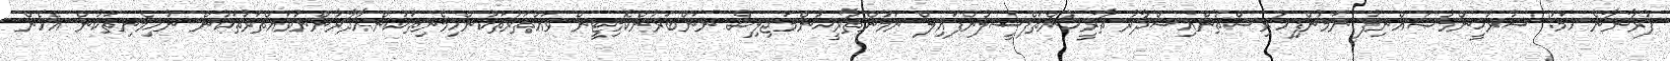
ފުރާނާނެ ހަމަ: ސުރުޚީންމުޞައްނިފު ނަމުންފިހުރިސްތުންއިސްދާރު ތާރީޚުންތަފްސީލުންފައިލް ނަމުންތާރީޚުންމަޖިލިސް ނަންބަރުންކޮމިޓީން ވައްތަރުތަކުންހިމެނިތަކުންއާދާރުންނުވައްތަރުތަކުން ނުހިމެނިތަކުން އެހެން